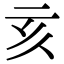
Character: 亥